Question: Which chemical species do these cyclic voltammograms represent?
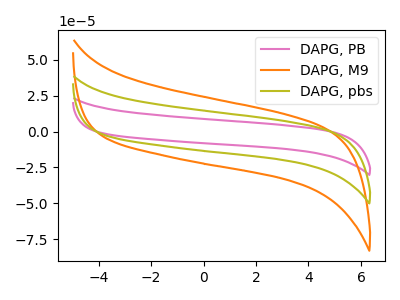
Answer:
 <answer>The pink curve is labeled "DAPG, PB". The orange curve is labeled "DAPG, M9". The olive curve is labeled "DAPG, pbs".</answer>
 <eval></eval>